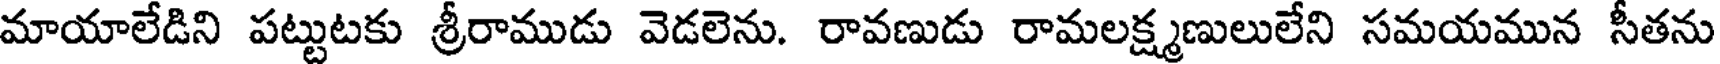
మాయాలేడిని పట్టుటకు శ్రీరాముడు వెడలెను. రావణుడు రామలక్ష్మణులులేని సమయమున సీతను